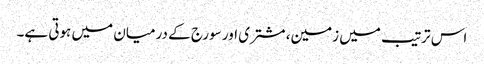
اس ترتیب میں زمین، مشتری اور سورج کے درمیان میں ہوتی ہے۔